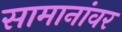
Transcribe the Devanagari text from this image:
सामानांवर